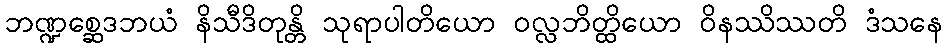
ဘဏ္ဍစ္ဆေဒဘယံ နိသီဒိတုန္တိ သုရာပါတိယော ဝလ္လဘိတ္ထိယော ဝိနဿိဿတိ ဒံသနေ